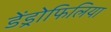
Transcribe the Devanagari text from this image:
डेंड्रोफिलिया